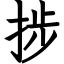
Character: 捗